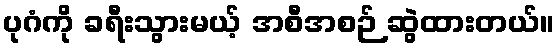
ပုဂံကို ခရီးသွားမယ့် အစီအစဉ် ဆွဲထားတယ်။